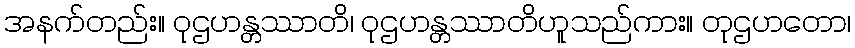
အနက်တည်း။ ဝုဌဟန္တဿာတိ၊ ဝုဌဟန္တဿာတိဟူသည်ကား။ တုဌဟတော၊